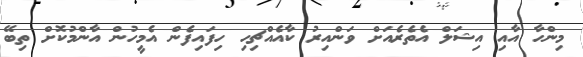
މިންހާ އާއި އިޝަލް އެތެރެއަށް ވަންއިރު ކާއެއްޗިހި ހިފައިފެން އެމީހުން އާންމުކޮށް ތިބޭ